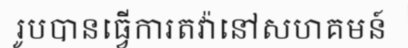
រូបបានធ្វើការតវ៉ានៅសហគមន៍